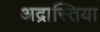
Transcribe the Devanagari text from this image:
अद्रास्तिया